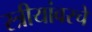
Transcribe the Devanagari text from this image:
स्त्रीयांवरचे